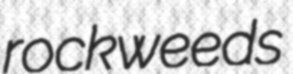
rockweeds